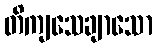
တိကျသေချာသော